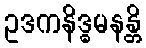
ဥဒကနိဒ္ဓမနန္တိ